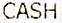
CASH